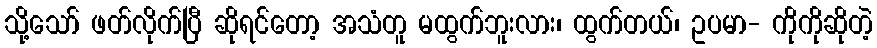
သို့သော် ဖတ်လိုက်ပြီ ဆိုရင်တော့ အသံတူ မထွက်ဘူးလား၊ ထွက်တယ်၊ ဥပမာ- ကိုကိုဆိုတဲ့